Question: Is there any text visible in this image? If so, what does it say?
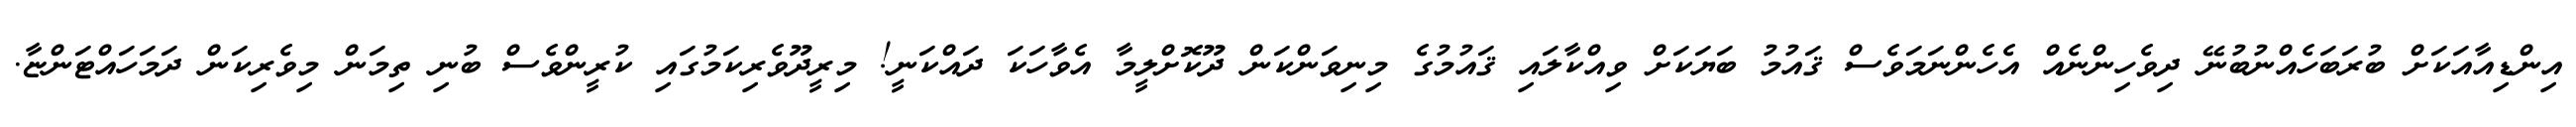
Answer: އިންޑިއާއަކަށް ބުރަބަހެއްނުބުނޭ ދިވެހިންނެއް އެހެންނަމަވެސް ޤައުމު ބަޔަކަށް ވިއްކާލައި ޤައުމުގެ މިނިވަންކަން ދޫކޮށްލީމާ އެވާހަކަ ދައްކަނީ! މިރީދޫވެރިކަމުގައި ކުރީންވެސް ބުނި ތިމަން މިވެރިކަން ދަމަހައްޓަންޏާ.